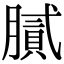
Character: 膩